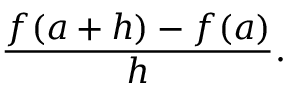
{ \frac { f ( a + h ) - f ( a ) } { h } } .